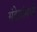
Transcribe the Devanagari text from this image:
संदेशांमध्ये